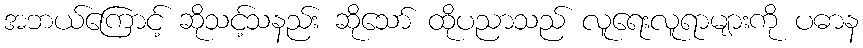
အဘယ်ကြောင့် ဆိုသင့်သနည်း ဆိုသော် ထိုပညာသည် လူရေးလူရာများကို ပဓာန